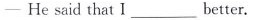
-He said that I___better.